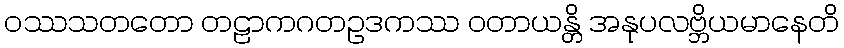
ဝဿသတတော တဠာကဂတဥဒကဿ ဝတာယန္တိ အနုပလဗ္ဘိယမာနေတိ